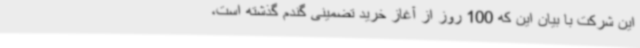
این شرکت با بیان این که 100 روز از آغاز خرید تضمینی گندم گذشته است،